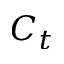
C _ { t }